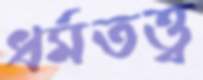
ধর্মতত্ত্ব